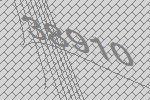
38910